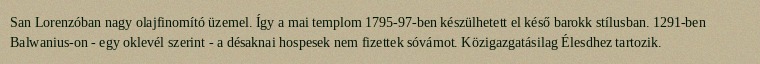
San Lorenzóban nagy olajfinomító üzemel. Így a mai templom 1795-97-ben készülhetett el késő barokk stílusban. 1291-ben Balwanius-on - egy oklevél szerint - a désaknai hospesek nem fizettek sóvámot. Közigazgatásilag Élesdhez tartozik.